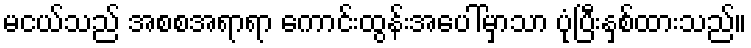
မငယ်သည် အစစအရာရာ ကောင်းထွန်းအပေါ်မှာသာ ပုံပြီးနှစ်ထားသည်။